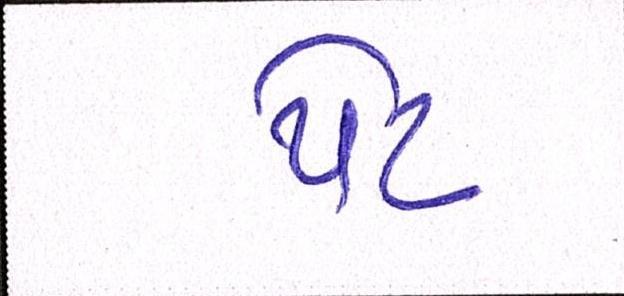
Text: પેટ